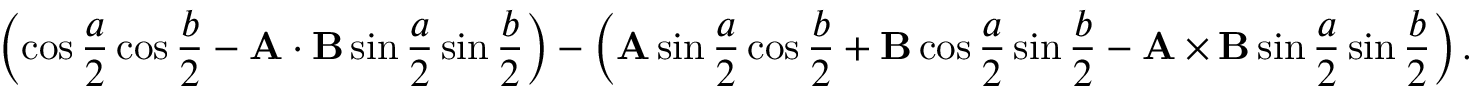
\left( \cos { \frac { a } { 2 } } \cos { \frac { b } { 2 } } - \mathbf { A } \cdot \mathbf { B } \sin { \frac { a } { 2 } } \sin { \frac { b } { 2 } } \right) - \left( \mathbf { A } \sin { \frac { a } { 2 } } \cos { \frac { b } { 2 } } + \mathbf { B } \cos { \frac { a } { 2 } } \sin { \frac { b } { 2 } } - \mathbf { A } \times \mathbf { B } \sin { \frac { a } { 2 } } \sin { \frac { b } { 2 } } \right) .